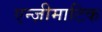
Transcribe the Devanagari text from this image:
एन्ज़ीमाटिक